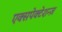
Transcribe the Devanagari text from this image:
एक्सपेक्टेशन्ज़